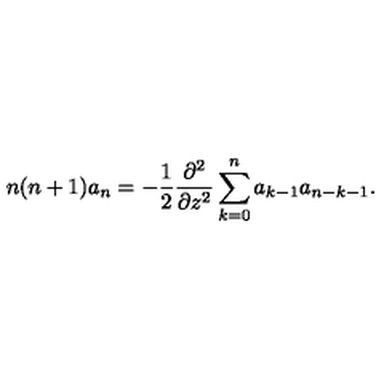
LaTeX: n ( n + 1 ) a _ { n } = - \frac { 1 } { 2 } \frac { \partial ^ { 2 } } { \partial z ^ { 2 } } \sum _ { k = 0 } ^ { n } a _ { k - 1 } a _ { n - k - 1 } .